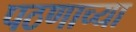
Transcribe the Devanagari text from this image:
पठणाच्या